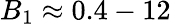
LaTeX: B_{1}\approx 0.4-12